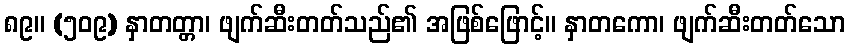
၈၉။ (၅၀၉) နှာတတ္တာ၊ ဖျက်ဆီးတတ်သည်၏ အဖြစ်ဖြောင့်။ နှာတကော၊ ဖျက်ဆီးတတ်သော